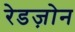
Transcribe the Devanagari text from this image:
रेडज़ोन